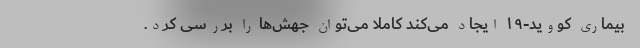
بیماری کووید-۱۹ ایجاد می‌کند کاملاً می‌توان جهش‌ها را بررسی کرد.